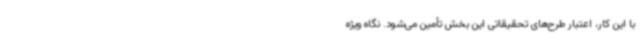
با این کار، اعتبار طرح‌های تحقیقاتی این بخش تأمین می‌شود. نگاه ویژه